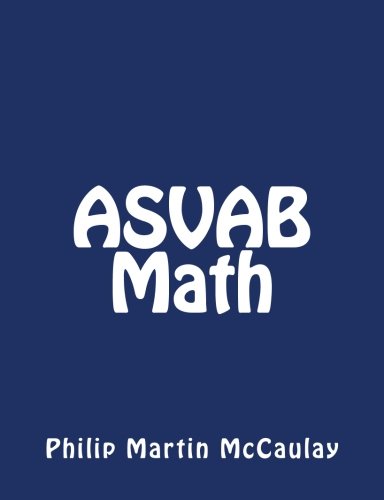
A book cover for ASVAB Math; Philip Martin McCaulay; Test Preparation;